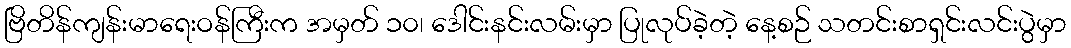
ဗြိတိန်ကျန်းမာရေးဝန်ကြီးက အမှတ် ၁၀၊ ဒေါင်းနင်းလမ်းမှာ ပြုလုပ်ခဲ့တဲ့ နေ့စဉ် သတင်းစာရှင်းလင်းပွဲမှာ